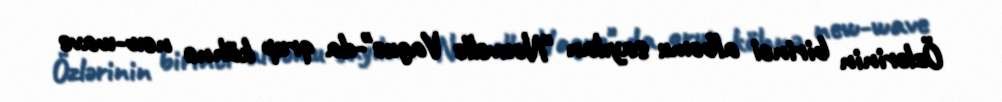
Özlərinin birinci albomu sayılan "Nouvelle Vague"-da qrup köhnə new-wave